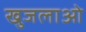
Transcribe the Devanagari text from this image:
खुजलाओ